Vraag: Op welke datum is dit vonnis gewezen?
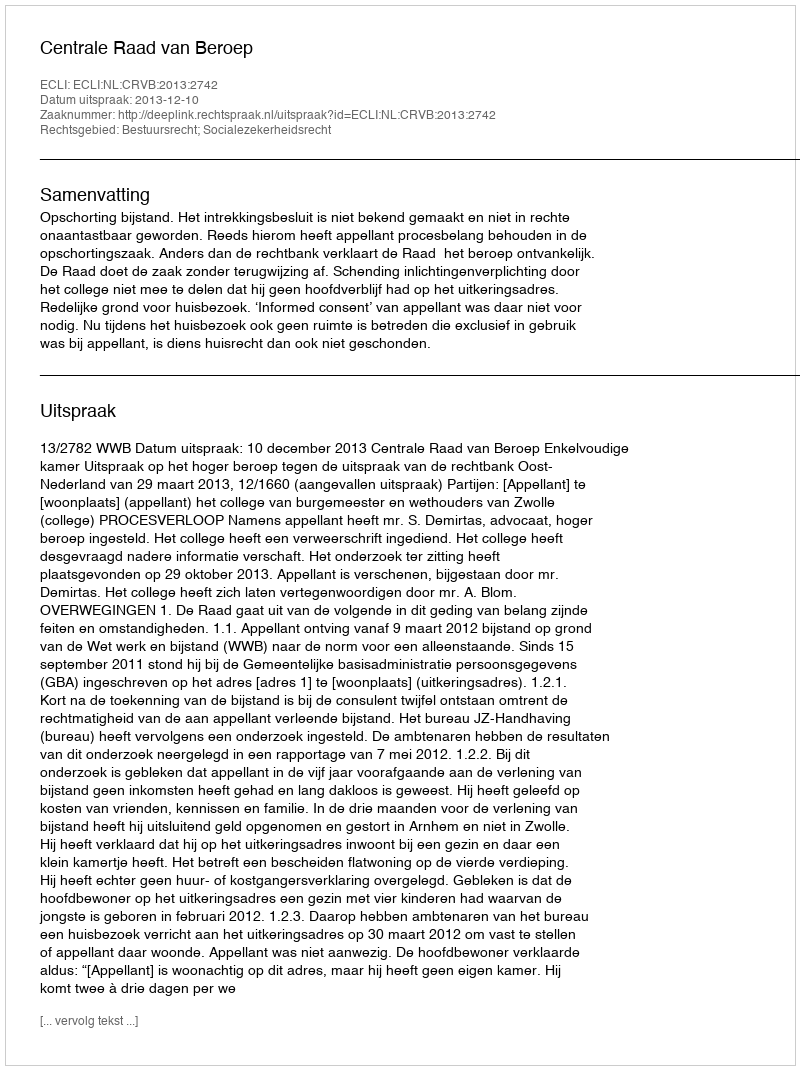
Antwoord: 2013-12-10